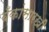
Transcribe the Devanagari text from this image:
बँकांसारखी